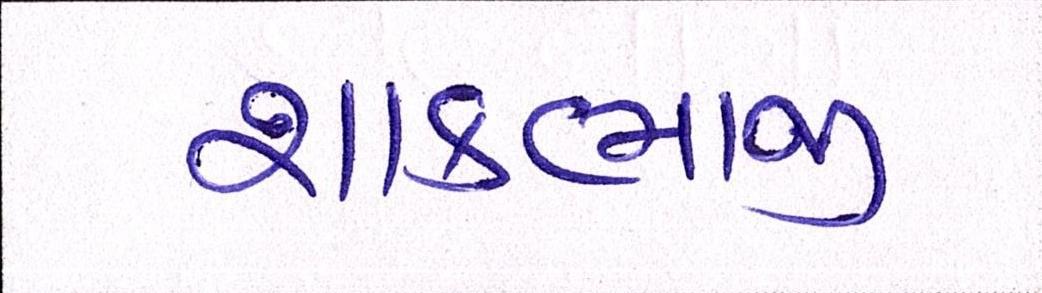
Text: શાકભાજી